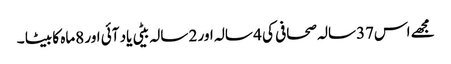
مجھے اس37سالہ صحافی کی 4 سالہ اور 2 سالہ بیٹی یاد آئی اور 8ماہ کا بیٹا ۔